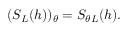
( S _ { \cal L } ( h ) ) _ { \theta } = S _ { \theta { \cal L } } ( h ) .